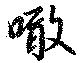
噉